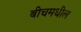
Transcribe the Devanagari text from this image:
बीचमधील